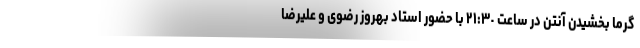
گرما بخشیدن آنتن در ساعت ٢١:٣٠ با حضور استاد بهروز رضوی و علیرضا